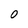
Character: 0